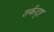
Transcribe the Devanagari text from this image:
तर्कदृष्ट